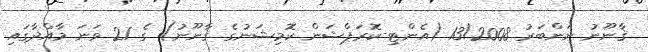
ޤާނޫނު ނަންބަރު 13/2008 (އެންޓި-ކޮރަޕްޝަން ކޮމިޝަނުގެ ޤާނޫނު) ގެ 21 ވަނަ މާއްދާގައި